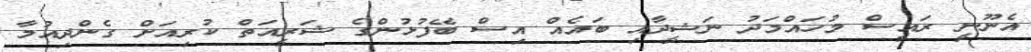
އެނޫނީ ރައީސް މުހައްމަދު ނަޝީދާއި ބައެއް އިސް ބޭފުޅުންގެ ޝަރީއަތް ކުރިއަށް ގެންދިއުމާ